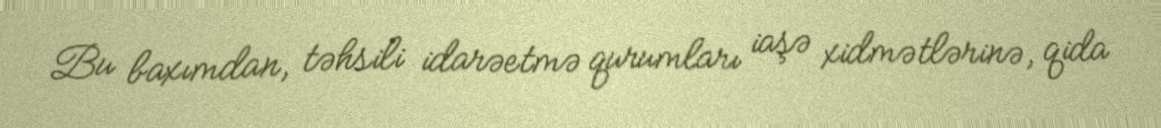
Bu baxımdan, təhsili idarəetmə qurumları iaşə xidmətlərinə, qida